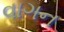
વાગન